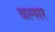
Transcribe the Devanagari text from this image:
वल्सर